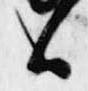
候